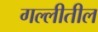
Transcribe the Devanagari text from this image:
गल्लीतील